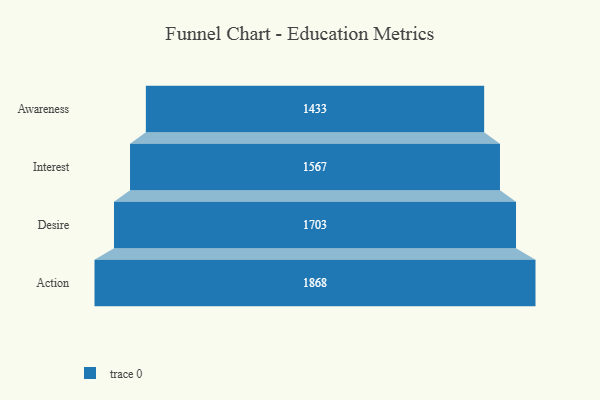
{"axis": {"x": "Stage", "y": "Value"}, "legend": [""], "data": [{"x": "Awareness", "y": 1433.0, "type": ""}, {"x": "Interest", "y": 1567.0, "type": ""}, {"x": "Desire", "y": 1703.0, "type": ""}, {"x": "Action", "y": 1868.0, "type": ""}]}